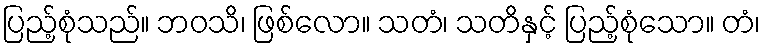
ပြည့်စုံသည်။ ဘဝသိ၊ ဖြစ်လော။ သတံ၊ သတိနှင့် ပြည့်စုံသော။ တံ၊